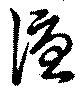
優